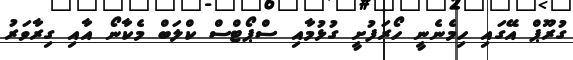
ގުރޫޕް އޭގައި ހިމެނެނީ ހޯރަފުށީ ގުޅުމާއި ސްޕޯޓްސް ކްލަބް މެކާނޯ އާއި ގިރާވަރު